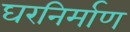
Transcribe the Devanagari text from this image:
घरनिर्माण